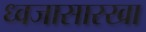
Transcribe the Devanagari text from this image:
ध्वजासारखा